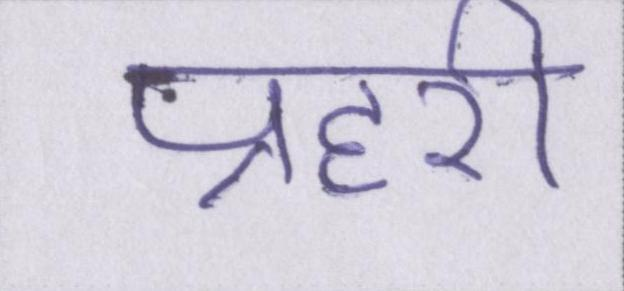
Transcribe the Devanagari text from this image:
प्रहरी